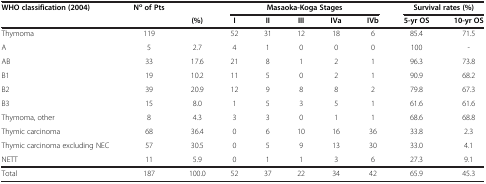
| WHO classification (2004) | No of Pts |  | <COLSPAN=5> Masaoka-Koga Stages | <COLSPAN=2> Survival rates (%) |
 | <COLSPAN=2>  | (%) | I | II | III | IVa | IVb | 5-yr OS | 10-yr OS |
 | --- | --- | --- | --- | --- | --- | --- | --- | --- | --- |
 | Thymoma | 119 |  | 52 | 31 | 12 | 18 | 6 | 85.4 | 71.5 |
 | A | 5 | 2.7 | 4 | 1 | 0 | 0 | 0 | 100 | - |
 | AB | 33 | 17.6 | 21 | 8 | 1 | 2 | 1 | 96.3 | 73.8 |
 | B1 | 19 | 10.2 | 11 | 5 | 0 | 2 | 1 | 90.9 | 68.2 |
 | B2 | 39 | 20.9 | 12 | 9 | 8 | 8 | 2 | 79.8 | 67.3 |
 | B3 | 15 | 8.0 | 1 | 5 | 3 | 5 | 1 | 61.6 | 61.6 |
 | Thymoma, other | 8 | 4.3 | 3 | 3 | 0 | 1 | 1 | 68.6 | 68.8 |
 | Thymic carcinoma | 68 | 36.4 | 0 | 6 | 10 | 16 | 36 | 33.8 | 2.3 |
 | Thymic carcinoma excluding NEC | 57 | 30.5 | 0 | 5 | 9 | 13 | 30 | 33.0 | 4.1 |
 | NETT | 11 | 5.9 | 0 | 1 | 1 | 3 | 6 | 27.3 | 9.1 |
 | Total | 187 | 100.0 | 52 | 37 | 22 | 34 | 42 | 65.9 | 45.3 |